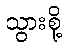
သွားစို့